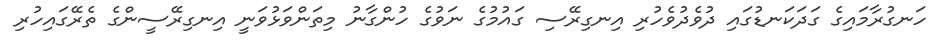
ހަނގުރާމައިގެ ގަދަކަނޑުގައި ދުވެދުވެހުރި އިނގިރޭސި ގައުމުގެ ނަވުގެ ހުންގާނު މިތަންވަޅުވަނީ އިނގިރޭސީންގެ ތެރޭގައިހުރި